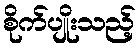
စိုက်ပျိုးသည့်